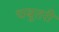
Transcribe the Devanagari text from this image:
चबूतरी